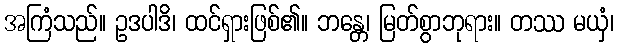
အကြံသည်။ ဥဒပါဒိ၊ ထင်ရှားဖြစ်၏။ ဘန္တေ၊ မြတ်စွာဘုရား။ တဿ မယှံ၊